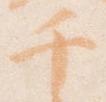
千